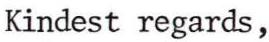
Kindest regards,